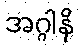
အဂ္ဂါနိ